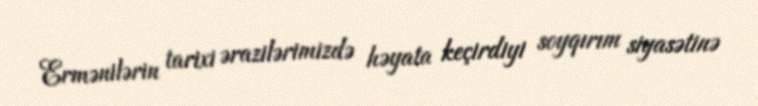
Ermənilərin tarixi ərazilərimizdə həyata keçirdiyi soyqırım siyasətinə